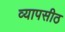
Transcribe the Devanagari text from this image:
व्यापसीठ